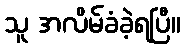
သူ အလိမ်ခံခဲ့ရပြီ။